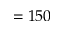
= 1 5 0